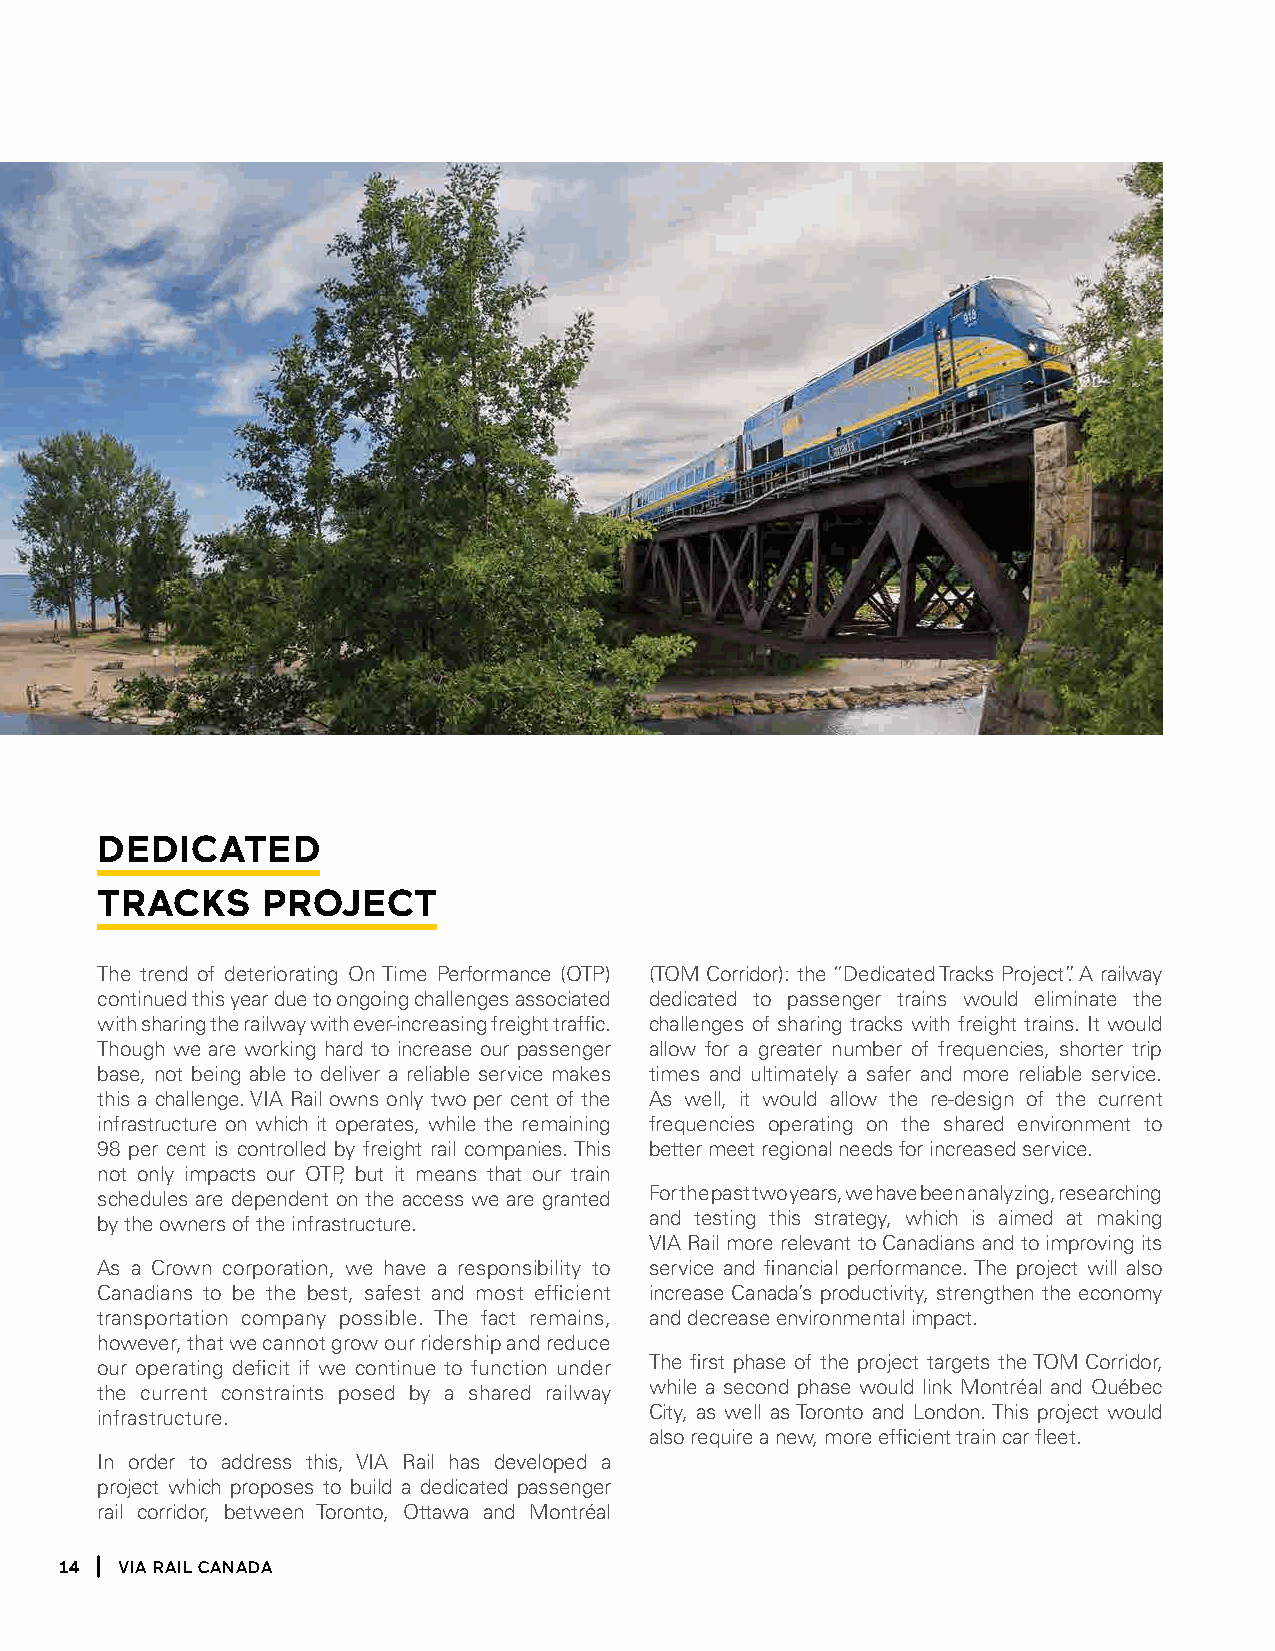
dediCated
 traCKs     proJeCt
 The trend of deteriorating On Time Performance (OTP) (TOM Corridor): the “Dedicated Tracks Project”. A railway
 continued this year due to ongoing challenges associated dedicated to passenger trains would eliminate the
 with sharing the railway with ever-increasing freight traffic. challenges of sharing tracks with freight trains. It would
 Though we are working hard to increase our passenger allow for a greater number of frequencies, shorter trip
 base, not being able to deliver a reliable service makes times and ultimately a safer and more reliable service.
 this a challenge. VIA Rail owns only two per cent of the As well, it would allow the re-design of the current
 infrastructure on which it operates, while the remaining frequencies operating on the shared environment to
 98 per cent is controlled by freight rail companies. This better meet regional needs for increased service.
 not only impacts our OTP, but it means that our train
 schedules are dependent on the access we are granted For the past two years, we have been analyzing, researching
 by the owners of the infrastructure. and testing this strategy, which is aimed at making
 VIA Rail more relevant to Canadians and to improving its
 As a Crown corporation, we have a responsibility to service and financial performance. The project will also
 Canadians to be the best, safest and most efficient increase Canada’s productivity, strengthen the economy
 transportation company possible. The fact remains, and decrease environmental impact.
 however, that we cannot grow our ridership and reduce
 our operating deficit if we continue to function under The first phase of the project targets the TOM Corridor,
 the current constraints posed by a shared railway while a second phase would link Montréal and Québec
 infrastructure.                      City, as well as Toronto and London. This project would
 also require a new, more efficient train car fleet.
 In order to address this, VIA Rail has developed a
 project which proposes to build a dedicated passenger
 rail corridor, between Toronto, Ottawa and Montréal
 14  Via Rail Canada